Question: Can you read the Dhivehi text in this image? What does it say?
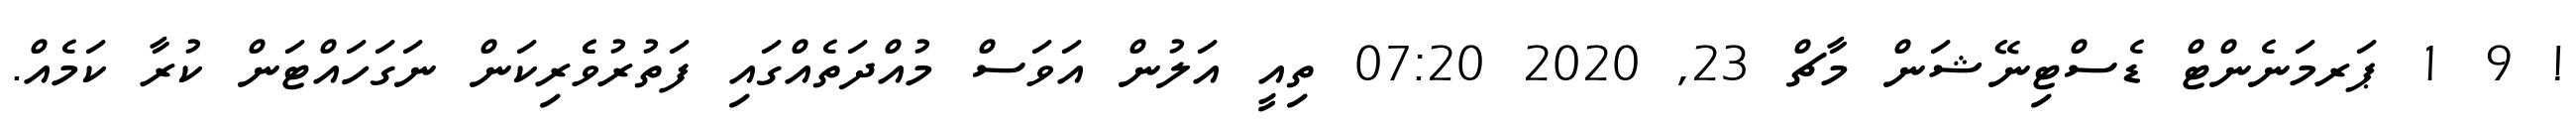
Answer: ! 9 1 ޕަރމަނެންޓް ޑެސްޓިނޭޝަން މާޗް 23, 2020 07:20 ތިއީ އަލުން އަވަސް މުއްދަތެއްގައި ފަތުރުވެެރިކަން ނަގަހައްޓަން ކުރާ ކަމެއް.